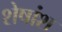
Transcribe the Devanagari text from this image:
शेषांश